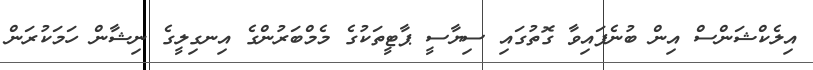
އިލެކްޝަންސް އިން ބުނެފައިވާ ގޮތުގައި ސިޔާސީ ޕާޓީތަކުގެ މެމްބަރުންގެ އިނގިލީގެ ނިޝާން ހަމަކުރަން